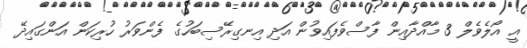
އީ އޯލެވެލް 3 މާއްދާއިން ފާސްވެފައިވުން އަދި އިނގިރޭސިބަހުގެ ފެންވަރު ހުރިކަން އަންގައިދޭ